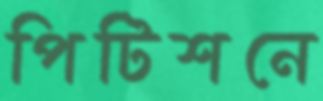
পিটিশনে